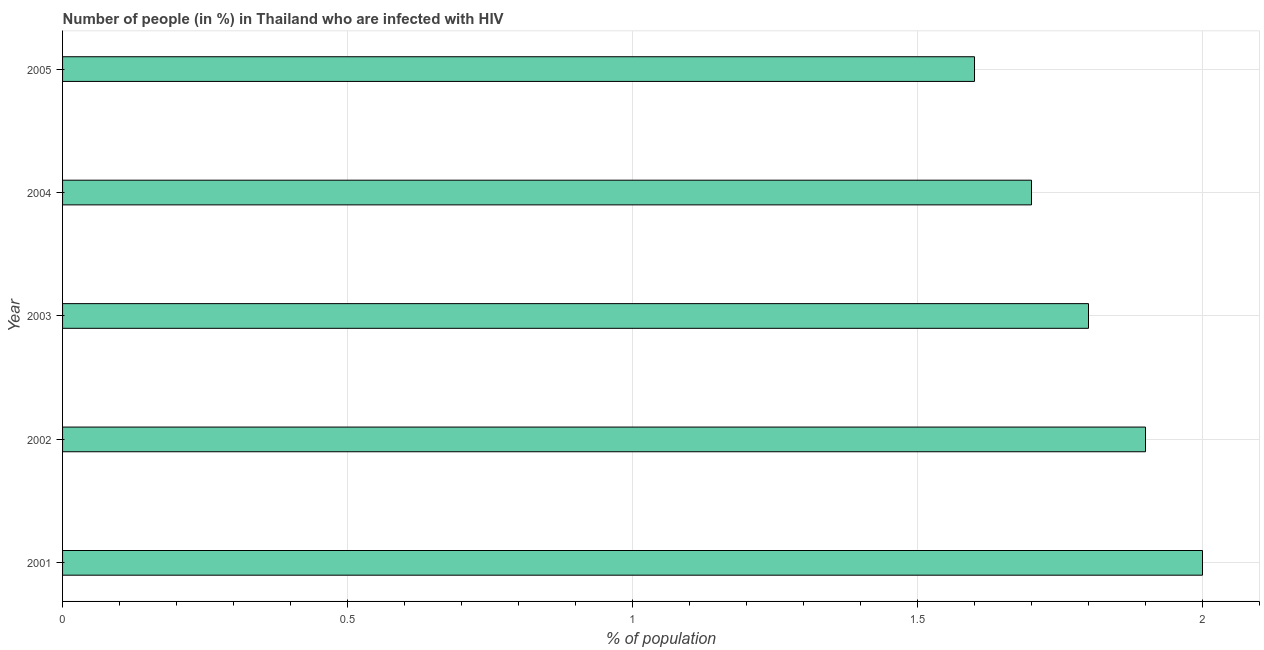
| Year | Infected with HIV |
 | --- | --- |
 | 2001 | 2 |
 | 2002 | 1.9 |
 | 2003 | 1.8 |
 | 2004 | 1.7 |
 | 2005 | 1.6 |